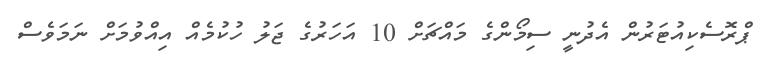
ޕްރޮސެކިއުޓަރުން އެދުނީ ސިމޯންގެ މައްޗަށް 10 އަހަރުގެ ޖަލު ހުކުމެއް އިއްވުމަށް ނަމަވެސް